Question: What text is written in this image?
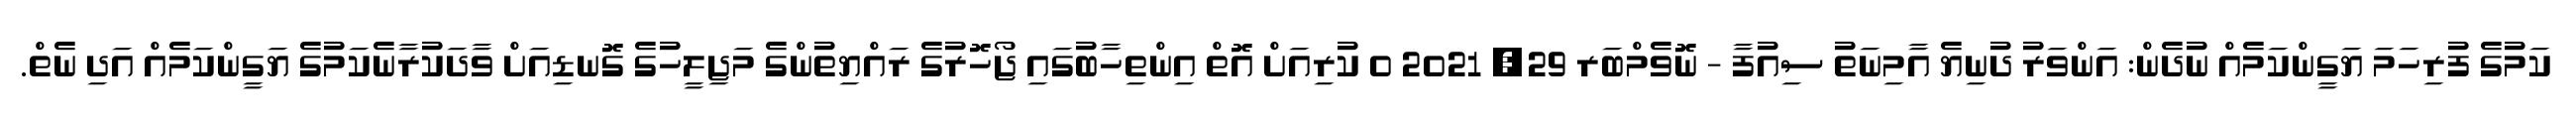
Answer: ކަމުގެ ފުރިހަމަ ޔަގީންކަމެއް ނުދެން: އަންވަރު ދުނިޔެ އާމިނަތު ސިއުފާ - ނޮވެމްބަރ 29, 2021 0 ކުރިއަށް އޮތް އިންތިހާބުގައި ޖޯހޮރުގެ ރައްޔިތުންގެ މަޖިލީހުގެ ގޮނޑިއަށް ވާދަކުރާނެކަމުގެ ޔަގީންކަމެއް އަދި ނެތް.